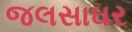
જલસાઘર